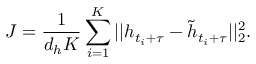
J = \frac { 1 } { d _ { h } K } \sum _ { i = 1 } ^ { K } | | h _ { t _ { i } + \tau } - \tilde { h } _ { t _ { i } + \tau } | | _ { 2 } ^ { 2 } .